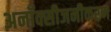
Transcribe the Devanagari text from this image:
अनॉक्सीजनीकरण